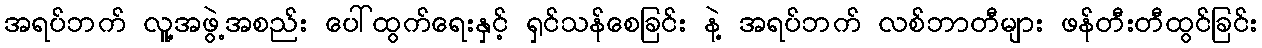
အရပ်ဘက် လူ့အဖွဲ့အစည်း ပေါ်ထွက်ရေးနှင့် ရှင်သန်စေခြင်း နဲ့ အရပ်ဘက် လစ်ဘာတီများ ဖန်တီးတီထွင်ခြင်း